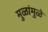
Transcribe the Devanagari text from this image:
मुळांमुळे